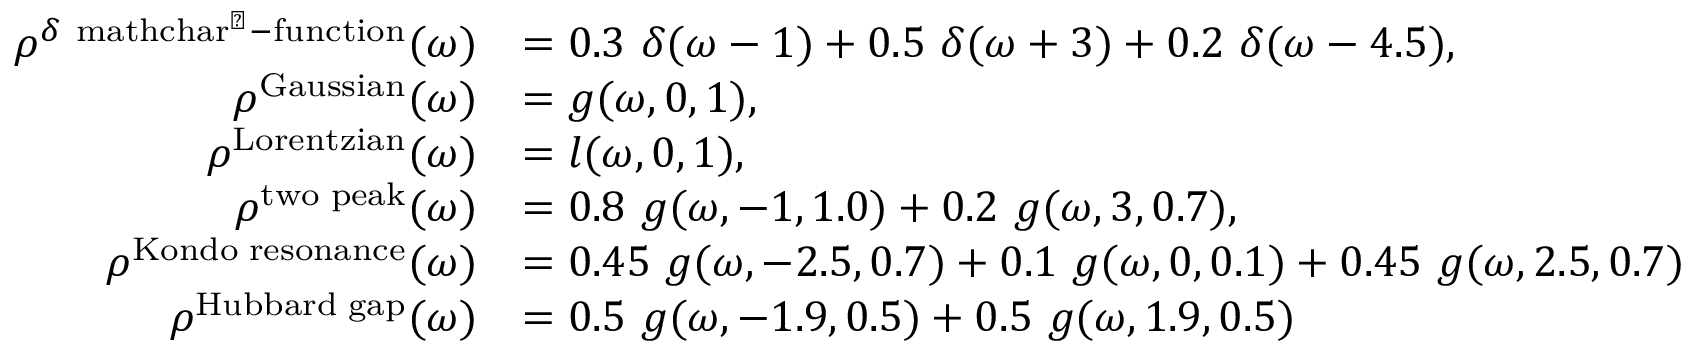
\begin{array} { r l } { \rho ^ { \delta \mathrm { \ m a t h c h a r ` - f u n c t i o n } } ( \omega ) } & { = 0 . 3 ~ \delta ( \omega - 1 ) + 0 . 5 ~ \delta ( \omega + 3 ) + 0 . 2 ~ \delta ( \omega - 4 . 5 ) , } \\ { \rho ^ { \mathrm { G a u s s i a n } } ( \omega ) } & { = g ( \omega , 0 , 1 ) , } \\ { \rho ^ { \mathrm { L o r e n t z i a n } } ( \omega ) } & { = l ( \omega , 0 , 1 ) , } \\ { \rho ^ { \mathrm { t w o \, \, p e a k } } ( \omega ) } & { = 0 . 8 ~ g ( \omega , - 1 , 1 . 0 ) + 0 . 2 ~ g ( \omega , 3 , 0 . 7 ) , } \\ { \rho ^ { \mathrm { K o n d o \, \, r e s o n a n c e } } ( \omega ) } & { = 0 . 4 5 ~ g ( \omega , - 2 . 5 , 0 . 7 ) + 0 . 1 ~ g ( \omega , 0 , 0 . 1 ) + 0 . 4 5 ~ g ( \omega , 2 . 5 , 0 . 7 ) } \\ { \rho ^ { \mathrm { H u b b a r d \, \, g a p } } ( \omega ) } & { = 0 . 5 ~ g ( \omega , - 1 . 9 , 0 . 5 ) + 0 . 5 ~ g ( \omega , 1 . 9 , 0 . 5 ) } \end{array}